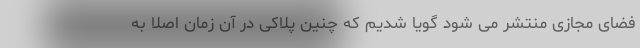
فضای مجازی منتشر می شود گویا شدیم که چنین پلاکی در آن زمان اصلا به